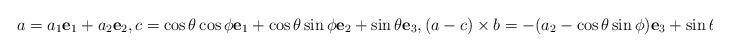
LaTeX: \begin{align*} a= a_1 \mathbf{e}_1 + a_2 \mathbf{e}_2, c=\cos\theta\cos \phi \mathbf{e}_1+ \cos\theta \sin \phi \mathbf{e}_2+\sin\theta \mathbf{e}_3,(a-c)\times b = -(a_2-\cos\theta \sin \phi) \mathbf{e}_3 + \sin\theta \mathbf{e}_2 \end{align*}